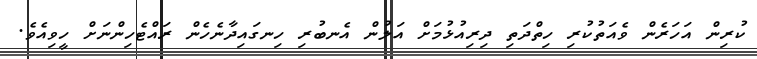
ކުރިން އަހަރެން ވެއަތުކުރި ހިތްދަތި ދިރިއުޅުމަށް އަލުން އެނބުރި ހިނގައިދާނެހެން ރައްޓެހިންނަށް ހީވިއެވެ.